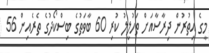
މީގެ އިތުރުން ދިރާސާއަށް ތަހުލީލު ކުރި 60 ބާވަތުގެ ބިސްކޯދުގެ ތެރެއިން 56